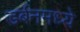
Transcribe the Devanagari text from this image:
डर्बनमध्ये